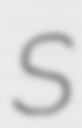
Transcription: S